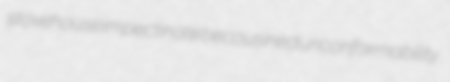
stovehouse impectinate becousined unconformability